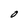
Character: O